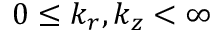
0 \le k _ { r } , k _ { z } < \infty